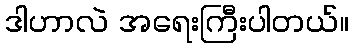
ဒါဟာလဲ အရေးကြီးပါတယ်။